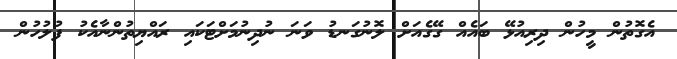
އެގޮތުން މީހުން ދިރިއުޅޭ ބައެއް ގޭގެއަށް ލޮނުގަނޑު ވަނަ ނުދިނުމަށްޓަކައި ރައްޔިތުންނާއެކު ފުލުހުން